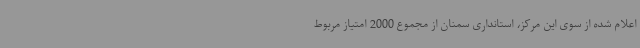
اعلام شده از سوی این مرکز، استانداری سمنان از مجموع 2000 امتیاز مربوط